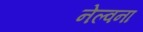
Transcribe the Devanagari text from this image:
नेल्वना